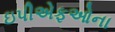
ઇપીએફઓના